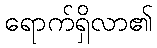
ရောက်ရှိလာ၏